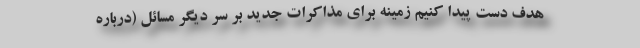
هدف دست پیدا کنیم زمینه برای مذاکرات جدید بر سر دیگر مسائل (درباره